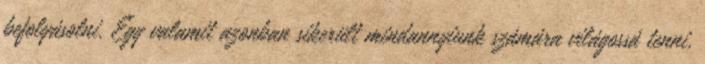
befolyásolni. Egy valamit azonban sikerült mindannyiunk számára világossá tenni,